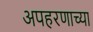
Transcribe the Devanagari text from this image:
अपहरणाच्या